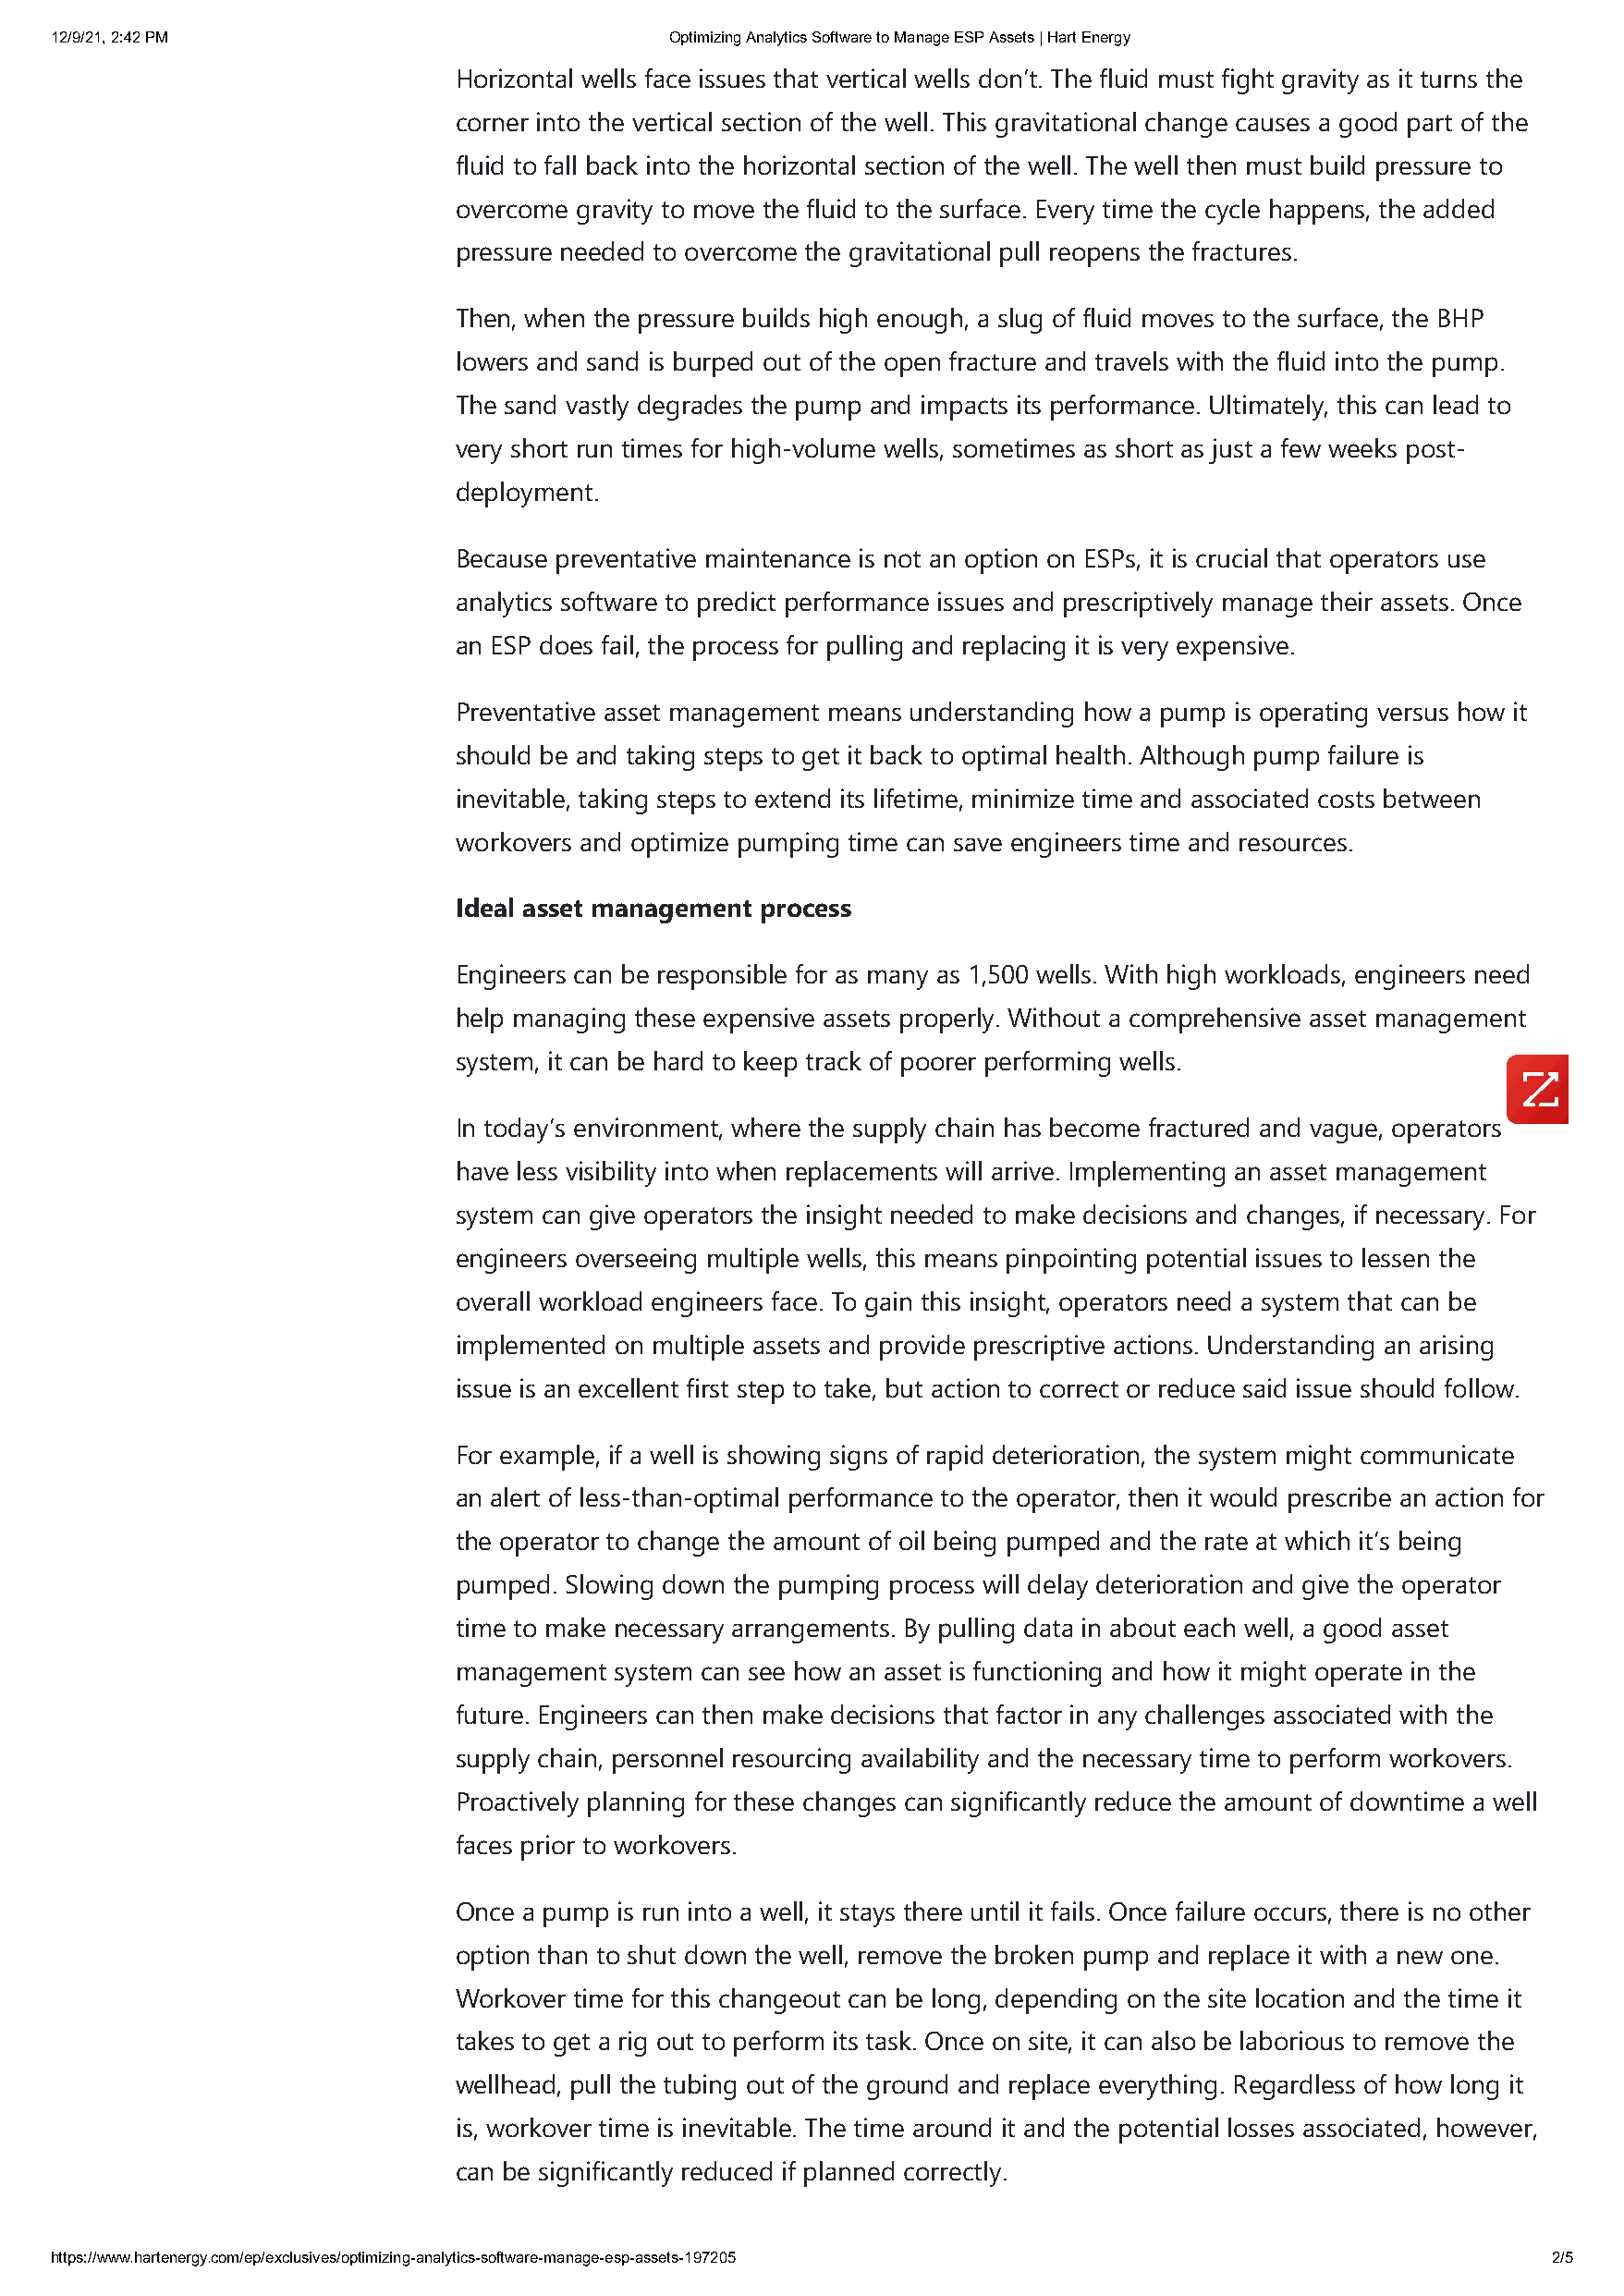
12/9/21, 2:42 PM                            Optimizing Analytics Software to Manage ESP Assets | Hart Energy
 Horizontal wells face issues that vertical wells don’t. The fluid must fight gravity as it turns the
 corner into the vertical section of the well. This gravitational change causes a good part of the
 fluid to fall back into the horizontal section of the well. The well then must build pressure to
 overcome gravity to move the fluid to the surface. Every time the cycle happens, the added
 pressure needed to overcome the gravitational pull reopens the fractures.
 Then, when the pressure builds high enough, a slug of fluid moves to the surface, the BHP
 lowers and sand is burped out of the open fracture and travels with the fluid into the pump.
 The sand vastly degrades the pump and impacts its performance. Ultimately, this can lead to
 very short run times for high-volume wells, sometimes as short as just a few weeks post-
 deployment.
 Because preventative maintenance is not an option on ESPs, it is crucial that operators use
 analytics software to predict performance issues and prescriptively manage their assets. Once
 an ESP does fail, the process for pulling and replacing it is very expensive.
 Preventative asset management means understanding how a pump is operating versus how it
 should be and taking steps to get it back to optimal health. Although pump failure is
 inevitable, taking steps to extend its lifetime, minimize time and associated costs between
 workovers and optimize pumping time can save engineers time and resources.
 Ideal asset management process
 Engineers can be responsible for as many as 1,500 wells. With high workloads, engineers need
 help managing these expensive assets properly. Without a comprehensive asset management
 system, it can be hard to keep track of poorer performing wells.
 In today’s environment, where the supply chain has become fractured and vague, operators
 have less visibility into when replacements will arrive. Implementing an asset management
 system can give operators the insight needed to make decisions and changes, if necessary. For
 engineers overseeing multiple wells, this means pinpointing potential issues to lessen the
 overall workload engineers face. To gain this insight, operators need a system that can be
 implemented on multiple assets and provide prescriptive actions. Understanding an arising
 issue is an excellent first step to take, but action to correct or reduce said issue should follow.
 For example, if a well is showing signs of rapid deterioration, the system might communicate
 an alert of less-than-optimal performance to the operator, then it would prescribe an action for
 the operator to change the amount of oil being pumped and the rate at which it’s being
 pumped. Slowing down the pumping process will delay deterioration and give the operator
 time to make necessary arrangements. By pulling data in about each well, a good asset
 management system can see how an asset is functioning and how it might operate in the
 future. Engineers can then make decisions that factor in any challenges associated with the
 supply chain, personnel resourcing availability and the necessary time to perform workovers.
 Proactively planning for these changes can significantly reduce the amount of downtime a well
 faces prior to workovers.
 Once a pump is run into a well, it stays there until it fails. Once failure occurs, there is no other
 option than to shut down the well, remove the broken pump and replace it with a new one.
 Workover time for this changeout can be long, depending on the site location and the time it
 takes to get a rig out to perform its task. Once on site, it can also be laborious to remove the
 wellhead, pull the tubing out of the ground and replace everything. Regardless of how long it
 is, workover time is inevitable. The time around it and the potential losses associated, however,
 can be significantly reduced if planned correctly.
 https://www.hartenergy.com/ep/exclusives/optimizing-analytics-software-manage-esp-assets-197205            2/5